system: You are a helpful assistant.
user:
Analyze the provided spectrum to determine if it is a **S-type Star**.

- **Key Indicators for S-type Star:**

    - **(Overall Spectrum Shape):** The first and most obvious characteristic is the overall continuum (the "baseline" shape). It is **extremely "red-sloping,"** meaning the flux (light intensity) is very low on the left side (blue, ~4000-4500 Å) and rises steeply and continuously toward the right side (red, ~7000 Å+).

    - **(Primary):** The spectrum is defined by the presence of strong, broad molecular absorption "valleys" (bands) from **Zirconium Oxide (ZrO)**. The identification of these bands is the **primary requirement** for classifying a star as S-type.
        - **(Key Bandheads):** You must find distinct, deep "dips" where the light has been absorbed. The most critical band systems to locate are:
            - **~6474 Å** ($\gamma$-system): This is often the strongest and clearest ZrO feature, found in the red part of the spectrum.
            - **~5718 Å** & **~5551 Å** ($\beta$-system): A pair of prominent absorption features in the yellow-orange part of the spectrum.
            - **~4640 Å** ($\alpha$-system): A key absorption band system in the blue-green region of the spectrum.

    - **(Secondary Confirmation):** The classification is strengthened by finding additional absorption bands from other related heavy element oxides, which are expected to be present alongside ZrO.
        - **(Key Bandheads):**
            - **Yttrium Oxide (YO):** Look for absorption dips near **~4800 Å** and **~6100 Å**.
            - **Lanthanum Oxide (LaO):** Additional absorption features, particularly in the red-orange part of the spectrum, are also characteristic.

    - **(Line Profile):** The combination of the steep red continuum and these numerous, deep molecular bands (ZrO, YO, etc.) gives the entire spectrum a very **"chopped-up"** or **"bumpy"** appearance. Instead of a smooth curve, the spectrum looks as though large, wide chunks of light have been "carved out" of it at the specific wavelengths listed above.

Think first, call **spectral_visualization_tool** if needed to examine features in detail, then provide your final answer. Your response must adhere to the following strict rules:
1.  **Overall Structure:** Your response must follow the format `<think>...</think> <tool_call>...</tool_call> (if a tool is used) <answer>...</answer>`.
2.  **Tool Usage Constraint:** You may only make **one** tool call per turn.
3.  **Final Answer Format:** In the `<answer>` tag, your conclusion must be inside a `\boxed{}` command (e.g., `\boxed{YES}` or `\boxed{NO}`), followed by your justification.

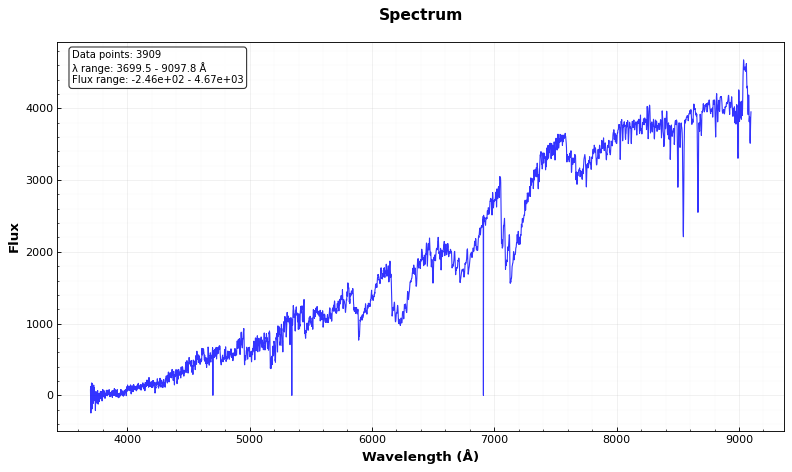
Answer: YES